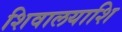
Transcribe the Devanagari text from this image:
शिवालयाशि